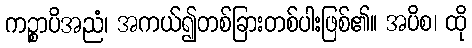
ကဉ္စာပိအညံ၊ အကယ်၍တစ်ခြားတစ်ပါးဖြစ်၏။ အပိစ၊ ထို